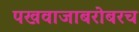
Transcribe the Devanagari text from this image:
पखवाजाबरोबरच